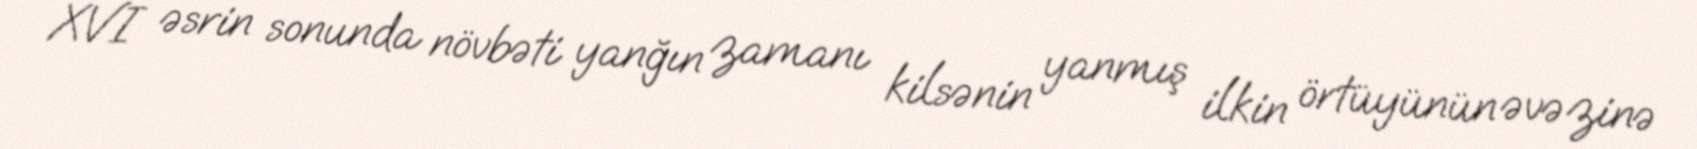
XVI əsrin sonunda növbəti yanğın zamanı kilsənin yanmış ilkin örtüyünün əvəzinə